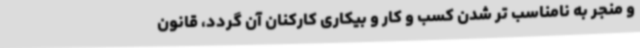
و منجر به نامناسب تر شدن کسب و کار و بیکاری کارکنان آن گردد، قانون